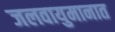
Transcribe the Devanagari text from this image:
जलवायुमानात